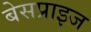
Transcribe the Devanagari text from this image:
बेसप्राइज